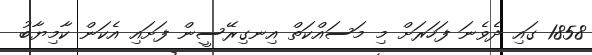
1858 ގައި ދެވެނަ ފަހަރަށް މި މަސައްކަތް އިނގިރޭސީން ފަށައި އެކަން ކާމިޔާބު